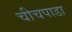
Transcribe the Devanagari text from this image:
चीचपाडा